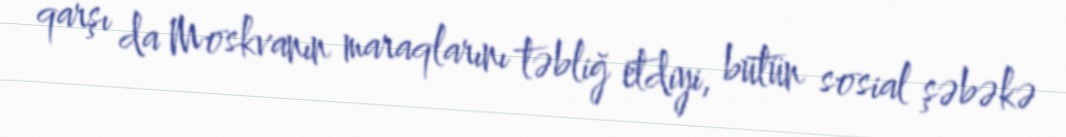
qarşı da Moskvanın maraqlarını təbliğ etdiyi, bütün sosial şəbəkə